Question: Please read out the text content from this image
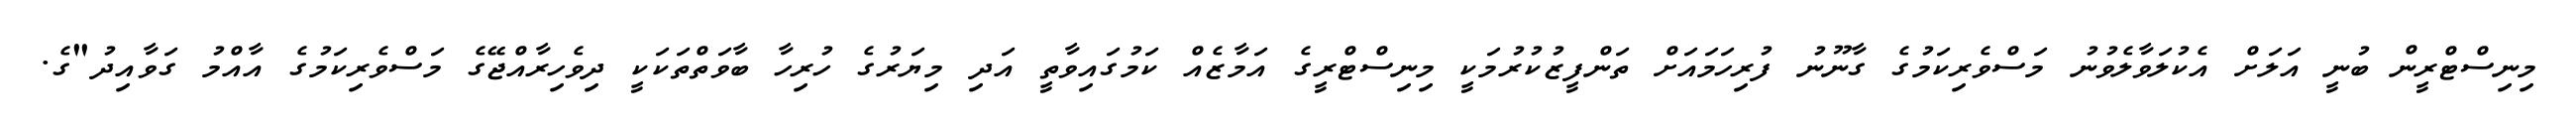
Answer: މިނިސްޓްރީން ބުނީ އަލަށް އެކުލަވާލެވުނު މަސްވެރިކަމުގެ ގާނޫނު ފުރިހަމައަށް ތަންފީޒުކުރުމަކީ މިނިސްޓްރީގެ އަމާޒެއް ކަމުގައިވާތީ އަދި މިޔަރުގެ ހުރިހާ ބާވަތްތަކަކީ ދިވެހިރާއްޖޭގެ މަސްވެރިކަމުގެ އާއްމު ގަވާއިދު"ގެ.